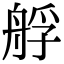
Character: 艀